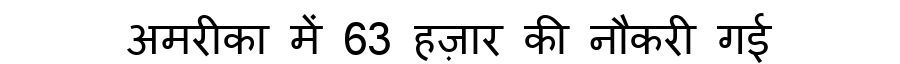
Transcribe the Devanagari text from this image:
अमरीका में 63 हज़ार की नौकरी गई